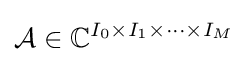
{\mathcal {A}}\in {\mathbb {C} }^{I_{0}\times I_{1}\times \cdots \times I_{M}}